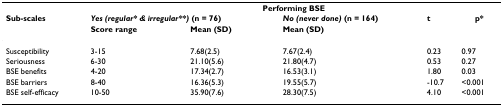
<table><thead><tr><td></td><td colspan="5"><b>Performing BSE</b></td></tr><tr><td><b>Sub-scales</b></td><td colspan="2"><b><i>Yes (regular* &amp; irregular**) </i>(n = 76)</b></td><td><b><i>No (never done) </i>(n = 164)</b></td><td><b>t</b></td><td><b>p*</b></td></tr><tr><td></td><td><b>Score range</b></td><td><b>Mean (SD)</b></td><td><b>Mean (SD)</b></td><td></td><td></td></tr></thead><tbody><tr><td>Susceptibility</td><td>3-15</td><td>7.68(2.5)</td><td>7.67(2.4)</td><td>0.23</td><td>0.97</td></tr><tr><td>Seriousness</td><td>6-30</td><td>21.10(5.6)</td><td>21.80(4.7)</td><td>0.53</td><td>0.27</td></tr><tr><td>BSE benefits</td><td>4-20</td><td>17.34(2.7)</td><td>16.53(3.1)</td><td>1.80</td><td>0.03</td></tr><tr><td>BSE barriers</td><td>8-40</td><td>16.36(5.3)</td><td>19.55(5.7)</td><td>-10.7</td><td>&lt;0.001</td></tr><tr><td>BSE self-efficacy</td><td>10-50</td><td>35.90(7.6)</td><td>28.30(7.5)</td><td>4.10</td><td>&lt;0.001</td></tr></tbody></table>